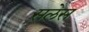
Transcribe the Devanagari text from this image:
सलेस